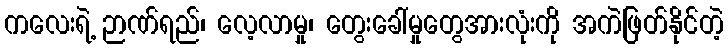
ကလေးရဲ့ ဉာဏ်ရည်၊ လေ့လာမှု၊ တွေးခေါ်မှုတွေအားလုံးကို အကဲဖြတ်နိုင်တဲ့